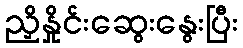
ညှိနှိုင်းဆွေးနွေးပြီး